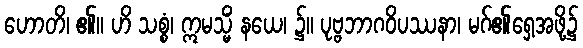
ဟောတိ၊ ၏။ ဟိ သစ္စံ၊ ဣမသ္မိံ နယေ၊ ၌။ ပုဗ္ဗဘာဂဝိပဿနာ၊ မဂ်၏ရှေ့အဖို့၌